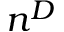
n ^ { D }